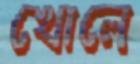
খোলে